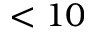
< 1 0